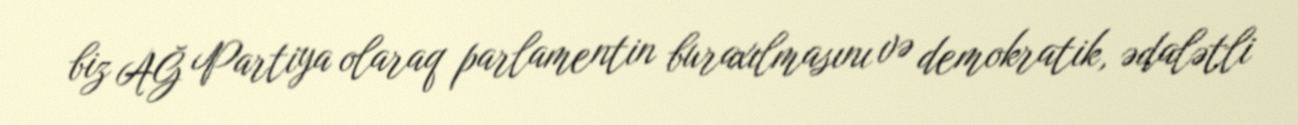
biz AĞ Partiya olaraq parlamentin buraxılmasını və demokratik, ədalətli